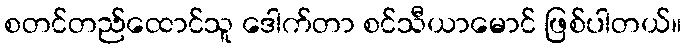
စတင်တည်ထောင်သူ ဒေါက်တာ စင်သီယာမောင် ဖြစ်ပါတယ်။